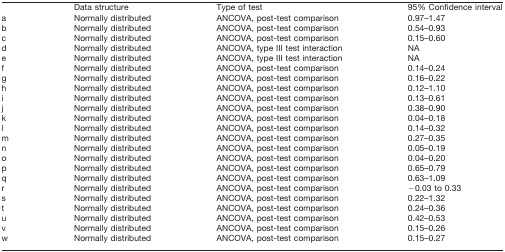
<table><thead><tr><td>[EMPTY_CELL]</td><td><b>Data structure</b></td><td><b>Type of test</b></td><td><b>95% Confidence interval</b></td></tr></thead><tbody><tr><td>a</td><td>Normally distributed</td><td>ANCOVA, post-test comparison</td><td>0.97–1.47</td></tr><tr><td>b</td><td>Normally distributed</td><td>ANCOVA, post-test comparison</td><td>0.54–0.93</td></tr><tr><td>c</td><td>Normally distributed</td><td>ANCOVA, post-test comparison</td><td>0.15–0.60</td></tr><tr><td>d</td><td>Normally distributed</td><td>ANCOVA, type III test interaction</td><td>NA</td></tr><tr><td>e</td><td>Normally distributed</td><td>ANCOVA, type III test interaction</td><td>NA</td></tr><tr><td>f</td><td>Normally distributed</td><td>ANCOVA, post-test comparison</td><td>0.14–0.24</td></tr><tr><td>g</td><td>Normally distributed</td><td>ANCOVA, post-test comparison</td><td>0.16–0.22</td></tr><tr><td>h</td><td>Normally distributed</td><td>ANCOVA, post-test comparison</td><td>0.12–1.10</td></tr><tr><td>i</td><td>Normally distributed</td><td>ANCOVA, post-test comparison</td><td>0.13–0.61</td></tr><tr><td>j</td><td>Normally distributed</td><td>ANCOVA, post-test comparison</td><td>0.38–0.90</td></tr><tr><td>k</td><td>Normally distributed</td><td>ANCOVA, post-test comparison</td><td>0.04–0.18</td></tr><tr><td>l</td><td>Normally distributed</td><td>ANCOVA, post-test comparison</td><td>0.14–0.32</td></tr><tr><td>m</td><td>Normally distributed</td><td>ANCOVA, post-test comparison</td><td>0.27–0.35</td></tr><tr><td>n</td><td>Normally distributed</td><td>ANCOVA, post-test comparison</td><td>0.05–0.19</td></tr><tr><td>o</td><td>Normally distributed</td><td>ANCOVA, post-test comparison</td><td>0.04–0.20</td></tr><tr><td>p</td><td>Normally distributed</td><td>ANCOVA, post-test comparison</td><td>0.65–0.79</td></tr><tr><td>q</td><td>Normally distributed</td><td>ANCOVA, post-test comparison</td><td>0.63–1.09</td></tr><tr><td>r</td><td>Normally distributed</td><td>ANCOVA, post-test comparison</td><td>−0.03 to 0.33</td></tr><tr><td>s</td><td>Normally distributed</td><td>ANCOVA, post-test comparison</td><td>0.22–1.32</td></tr><tr><td>t</td><td>Normally distributed</td><td>ANCOVA, post-test comparison</td><td>0.24–0.36</td></tr><tr><td>u</td><td>Normally distributed</td><td>ANCOVA, post-test comparison</td><td>0.42–0.53</td></tr><tr><td>v</td><td>Normally distributed</td><td>ANCOVA, post-test comparison</td><td>0.15–0.26</td></tr><tr><td>w</td><td>Normally distributed</td><td>ANCOVA, post-test comparison</td><td>0.15–0.27</td></tr></tbody></table>